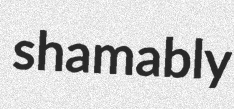
shamably